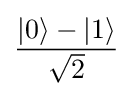
{\frac {|0\rangle -|1\rangle }{\sqrt {2}}}